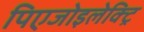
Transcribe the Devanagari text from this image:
पिएजोइलेक्ट्रि